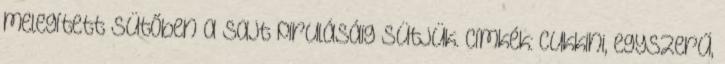
melegített sütőben a sajt pirulásáig sütjük. Címkék: cukkini, egyszerű,